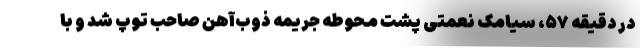
در دقیقه ۵۷، سیامک نعمتی پشت محوطه جریمه ذوب‌آهن صاحب توپ شد و با